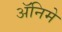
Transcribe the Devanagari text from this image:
ॲनिमे